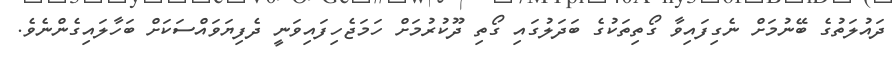
ދައުލަތުގެ ބޭނުމަށް ނެގިފައިވާ ގޯތިތަކުގެ ބަދަލުގައި ގޯތި ދޫކުރުމަށް ހަމަޖެހިފައިވަނީ ދެފިޔަވައްސަކަށް ބަހާލައިގެންނެވެ.